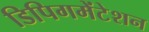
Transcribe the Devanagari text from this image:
डिपिगमेंटेशन